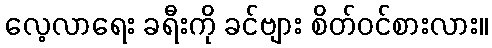
လေ့လာရေး ခရီးကို ခင်ဗျား စိတ်ဝင်စားလား။